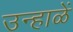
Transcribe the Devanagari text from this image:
उन्हाळें